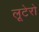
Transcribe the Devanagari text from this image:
लूटेरो